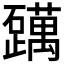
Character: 𬒪